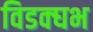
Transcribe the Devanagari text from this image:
विडक्घभ